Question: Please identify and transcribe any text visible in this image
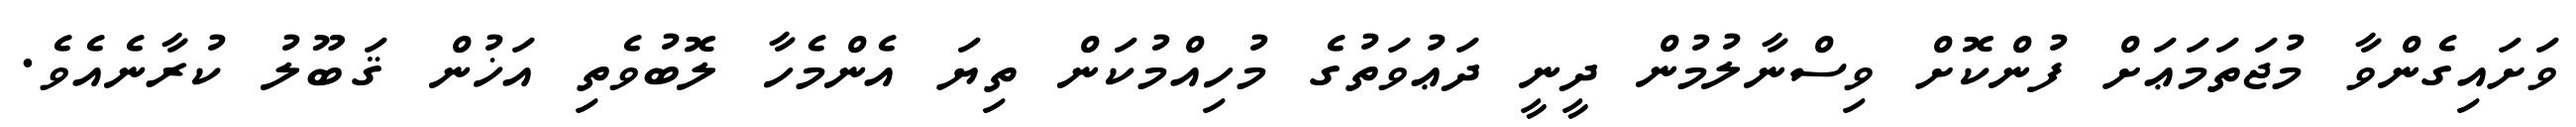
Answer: ވަށައިގެންވާ މުޖަތަމަޢަށް ފުންކޮށް ވިސްނާލުމުން ދީނީ ދަޢުވަތުގެ މުހިއްމުކަން ތިޔަ އެންމެހާ ލޮބުވެތި އަޚުން ޤަބޫލު ކުރާނެއެވެ.